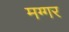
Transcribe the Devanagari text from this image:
मग्गर